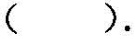
( ).